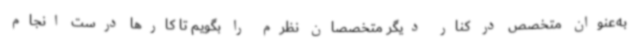
به‌عنوان متخصص در کنار دیگر متخصصان نظرم را بگویم تا کارها درست انجام